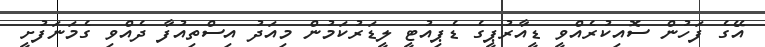
އޭގެ ފަހުން ސޮއިކުރެއްވީ ޑީއާރުޕީގެ ޑެޕިއުޓީ ލީޑަރުކަމުން މިއަދު އިސްތިއުފާ ދެއްވި ގެމަނަފުށީ